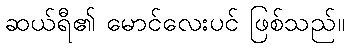
ဆယ်ရီ၏ မောင်လေးပင် ဖြစ်သည်။